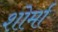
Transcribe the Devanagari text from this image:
शोर्मा